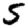
Digit: 5